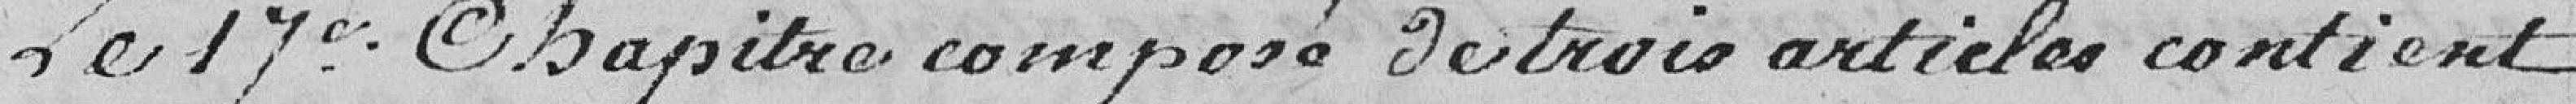
Le 17ème chapitre composé de trois articles contient